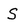
Character: S